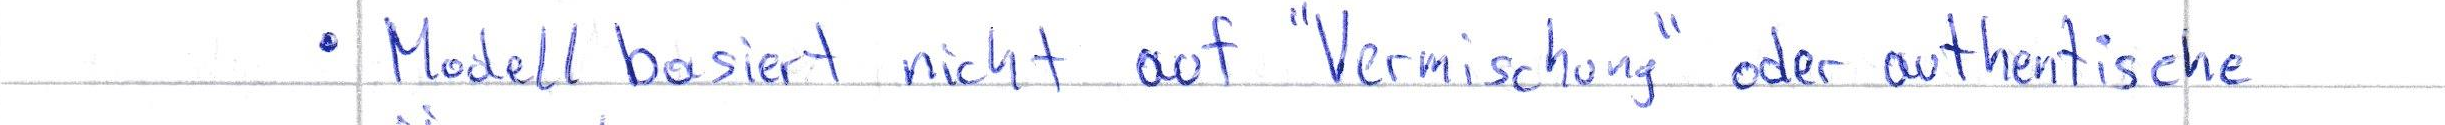
Modell basiert nicht auf "Vermischung" oder authentische